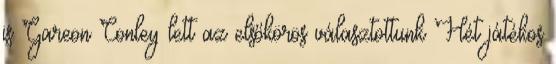
is Gareon Conley lett az elsőkörös választottunk Hét játékos